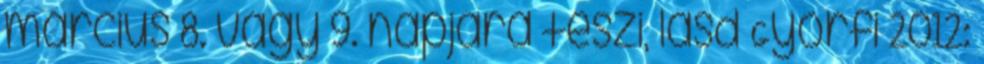
március 8. vagy 9. napjára teszi, lásd Győrfi 2012: